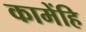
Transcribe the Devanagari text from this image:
कामेंहि